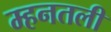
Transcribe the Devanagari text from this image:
म्हनतली